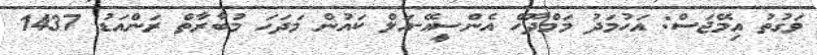
ވަގުތު އިމޭޖަސް: އަހުމަދު މަމްދޫހް އެންސީއޭ-އަލް ކައުން މަދަހަ މުބާރާތް ރަންއަޑު 1437